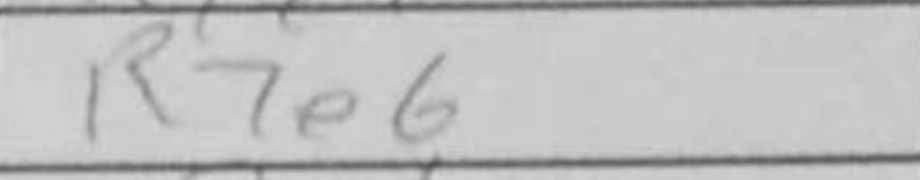
Transcription: R7e6